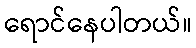
ရောင်နေပါတယ်။